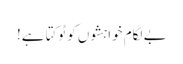
بے لگام خواہشوں کو ٹوکتا ہے!